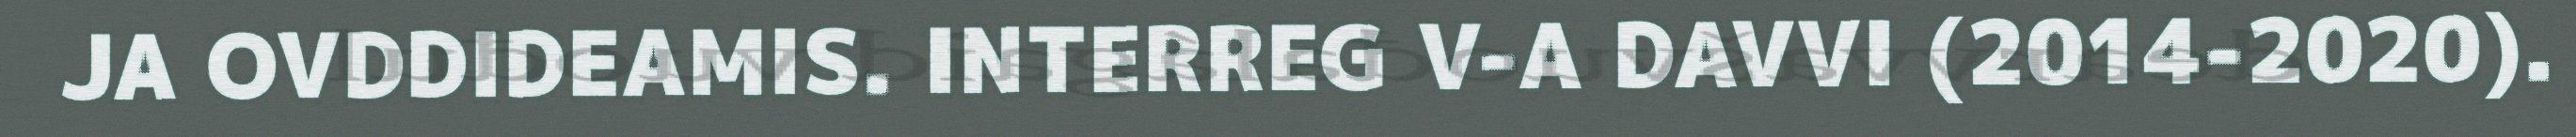
JA OVDDIDEAMIS. INTERREG V-A DAVVI (2014-2020).